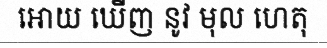
អោយ ឃើញ នូវ មុល ហេតុ